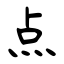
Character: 点